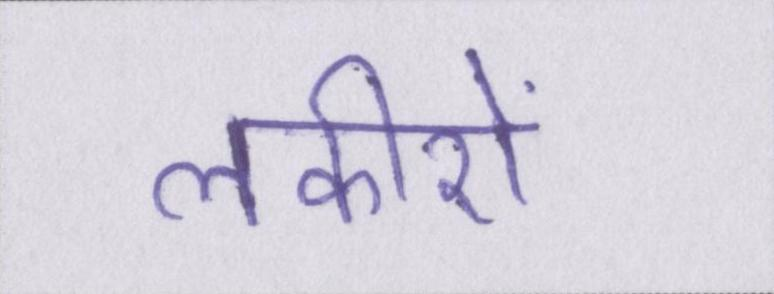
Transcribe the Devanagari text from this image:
लकीरों